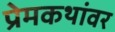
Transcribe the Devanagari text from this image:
प्रेमकथांवर